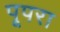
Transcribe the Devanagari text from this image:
पूपरा